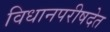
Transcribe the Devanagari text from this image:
विधानपरीषदेत